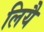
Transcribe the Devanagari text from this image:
लियै